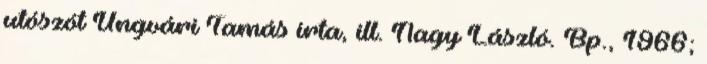
utószót Ungvári Tamás írta, ill. Nagy László. Bp., 1966;